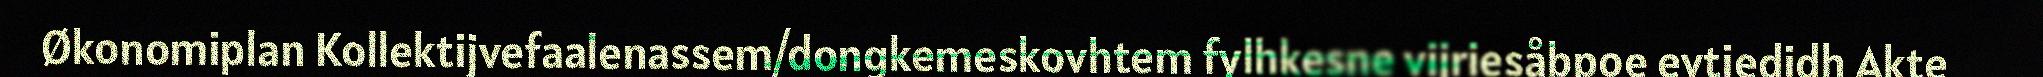
Økonomiplan Kollektijvefaalenassem/dongkemeskovhtem fylhkesne vijriesåbpoe evtiedidh Akte